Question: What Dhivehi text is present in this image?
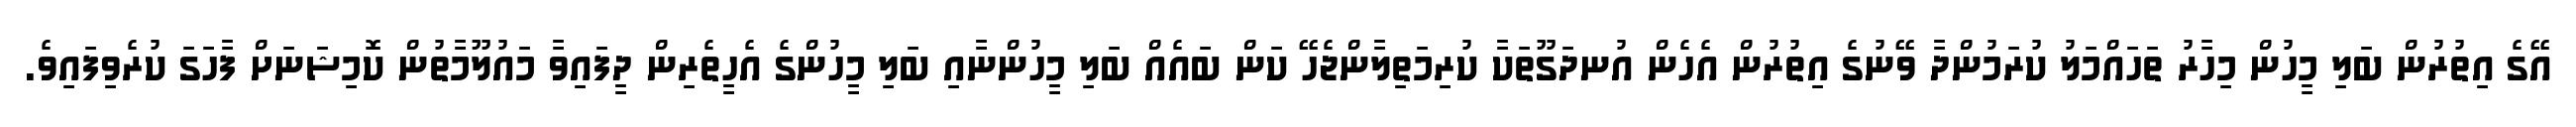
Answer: އޭގެ އިތުރުން ބަލި މީހުން މިހާރު ތަހައްމަލު ކުރަމުންދާ ވޭނުގެ އިތުރުން އެހެން އުނދަގޫތަކާ ކުރިމަތިލާންޖެހޭ ކަން ބައެއް ބަލި މީހުންނާއި ބަލި މީހުންގެ އެހީތެރިން ދީފައިވާ މައުލޫމާތުން ކޮމިޝަނަށް ފާހަގަ ކުރެވިފައިވެ.